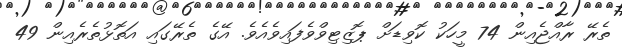
ތެރޭ ރާއްޖެއިން 74 މީހަކު ކޮވިޑަށް ޕޮޒިޓިވްވެފައިވެއެވެ. އޭގެ ތެރޭގައި އަތޮޅުތެރެއިން 49